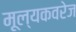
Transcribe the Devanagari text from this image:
मूल्यकवरेज